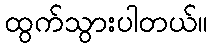
ထွက်သွားပါတယ်။